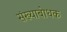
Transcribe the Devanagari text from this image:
संख्याबोधक